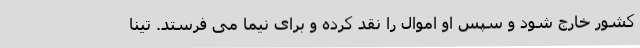
کشور خارج شود و سپس او اموال را نقد کرده و برای نیما می فرستد. تینا